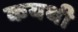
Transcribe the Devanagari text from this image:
कयथी